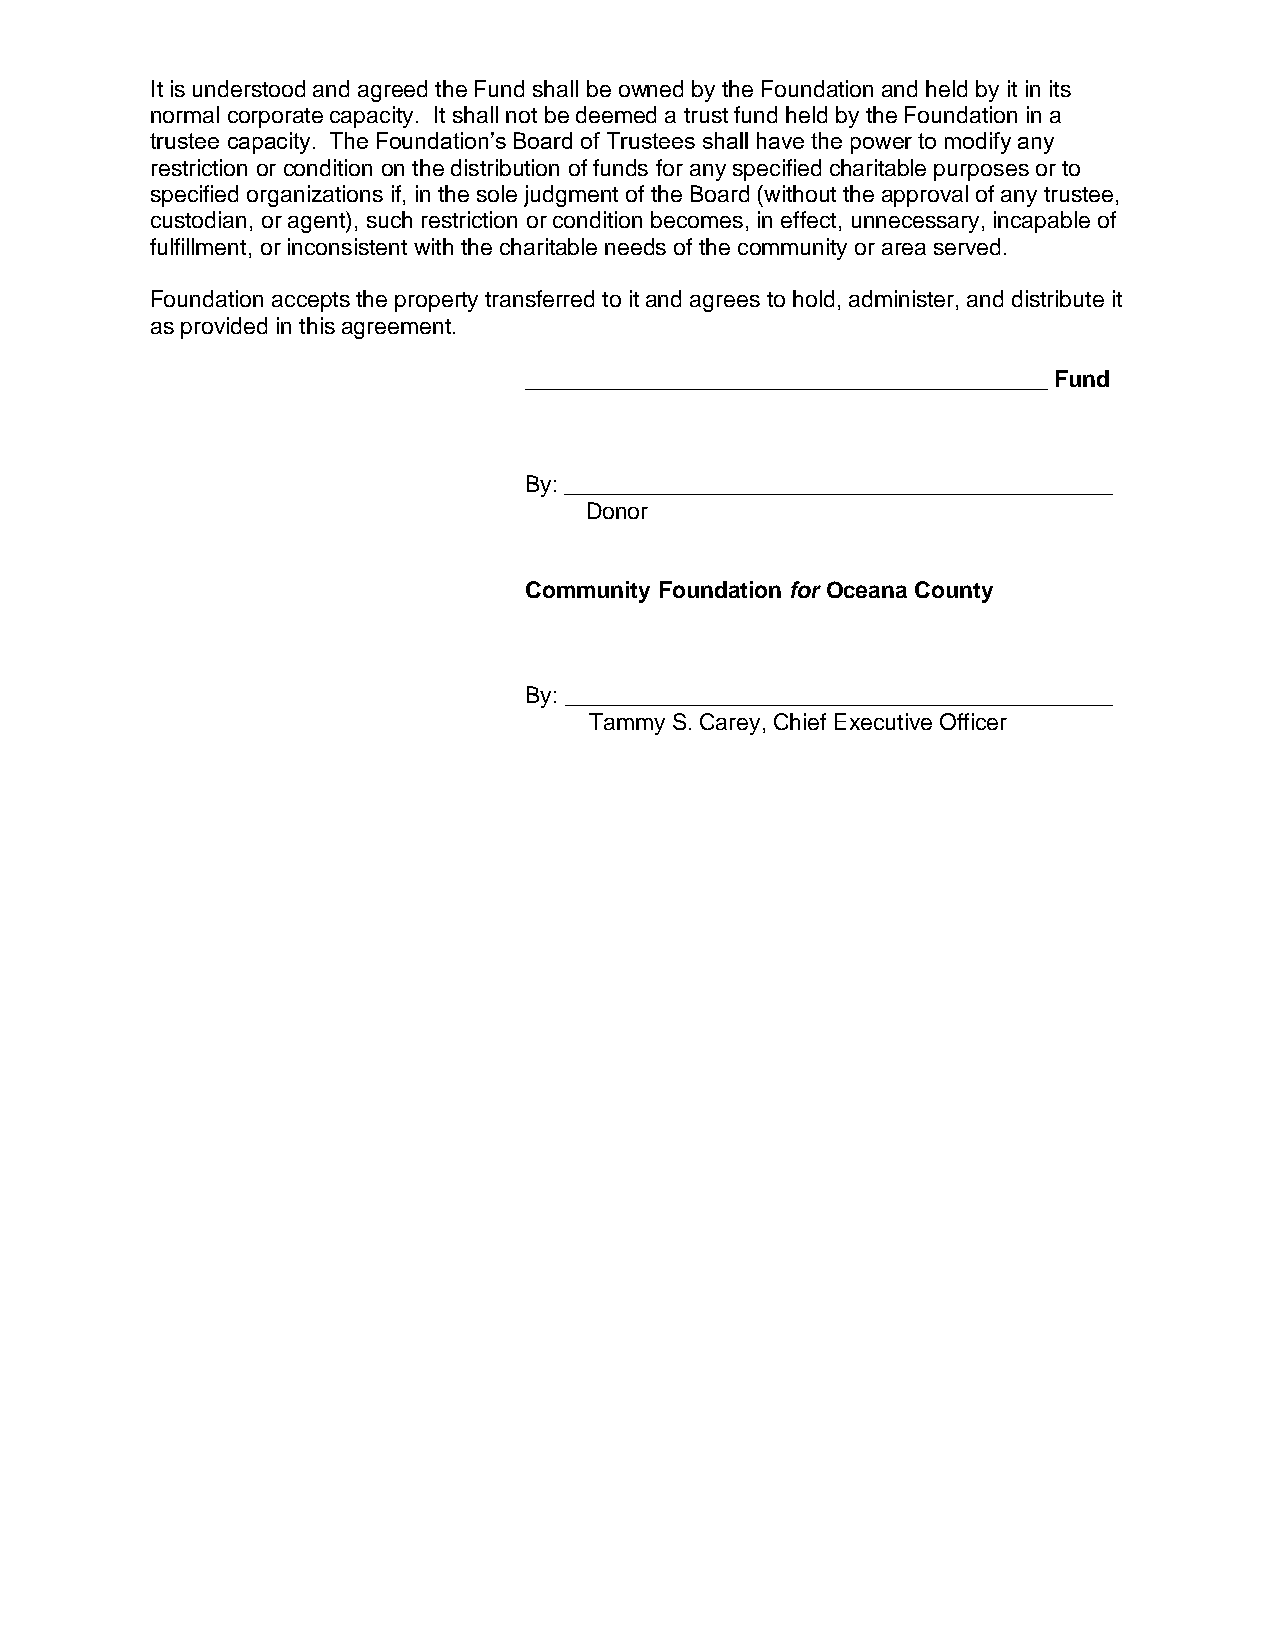
It is understood and agreed the Fund shall be owned by the Foundation and held by it in its
 normal corporate capacity. It shall not be deemed a trust fund held by the Foundation in a
 trustee capacity. The Foundation’s Board of Trustees shall have the power to modify any
 restriction or condition on the distribution of funds for any specified charitable purposes or to
 specified organizations if, in the sole judgment of the Board (without the approval of any trustee,
 custodian, or agent), such restriction or condition becomes, in effect, unnecessary, incapable of
 fulfillment, or inconsistent with the charitable needs of the community or area served.
 Foundation accepts the property transferred to it and agrees to hold, administer, and distribute it
 as provided in this agreement.
 _________________________________________ Fund
 By: ___________________________________________
 Donor
 Community Foundation for Oceana County
 By: ___________________________________________
 Tammy S. Carey, Chief Executive Officer